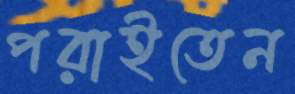
পরাইতেন